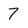
Character: 7